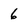
Character: 6